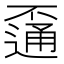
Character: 𨖕